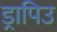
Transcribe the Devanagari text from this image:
ड्रापिउ